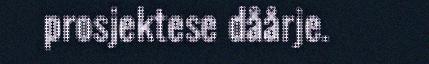
prosjektese dåårje.